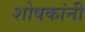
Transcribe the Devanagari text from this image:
शोषकांनी